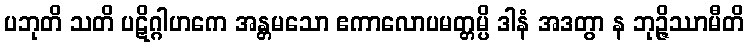
ပဘုတိ သတိ ပဋိဂ္ဂါဟကေ အန္တမသော ဧကာလောပမတ္တမ္ပိ ဒါနံ အဒတွာ န ဘုဉ္ဇိဿာမီတိ